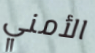
الأمني